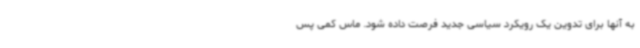
به آنها برای تدوین یک رویکرد سیاسی جدید فرصت داده شود. ماس کمی پس